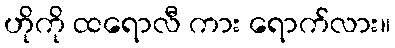
ဟိုကို ထရောလီ ကား ရောက်လား။